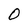
Character: O